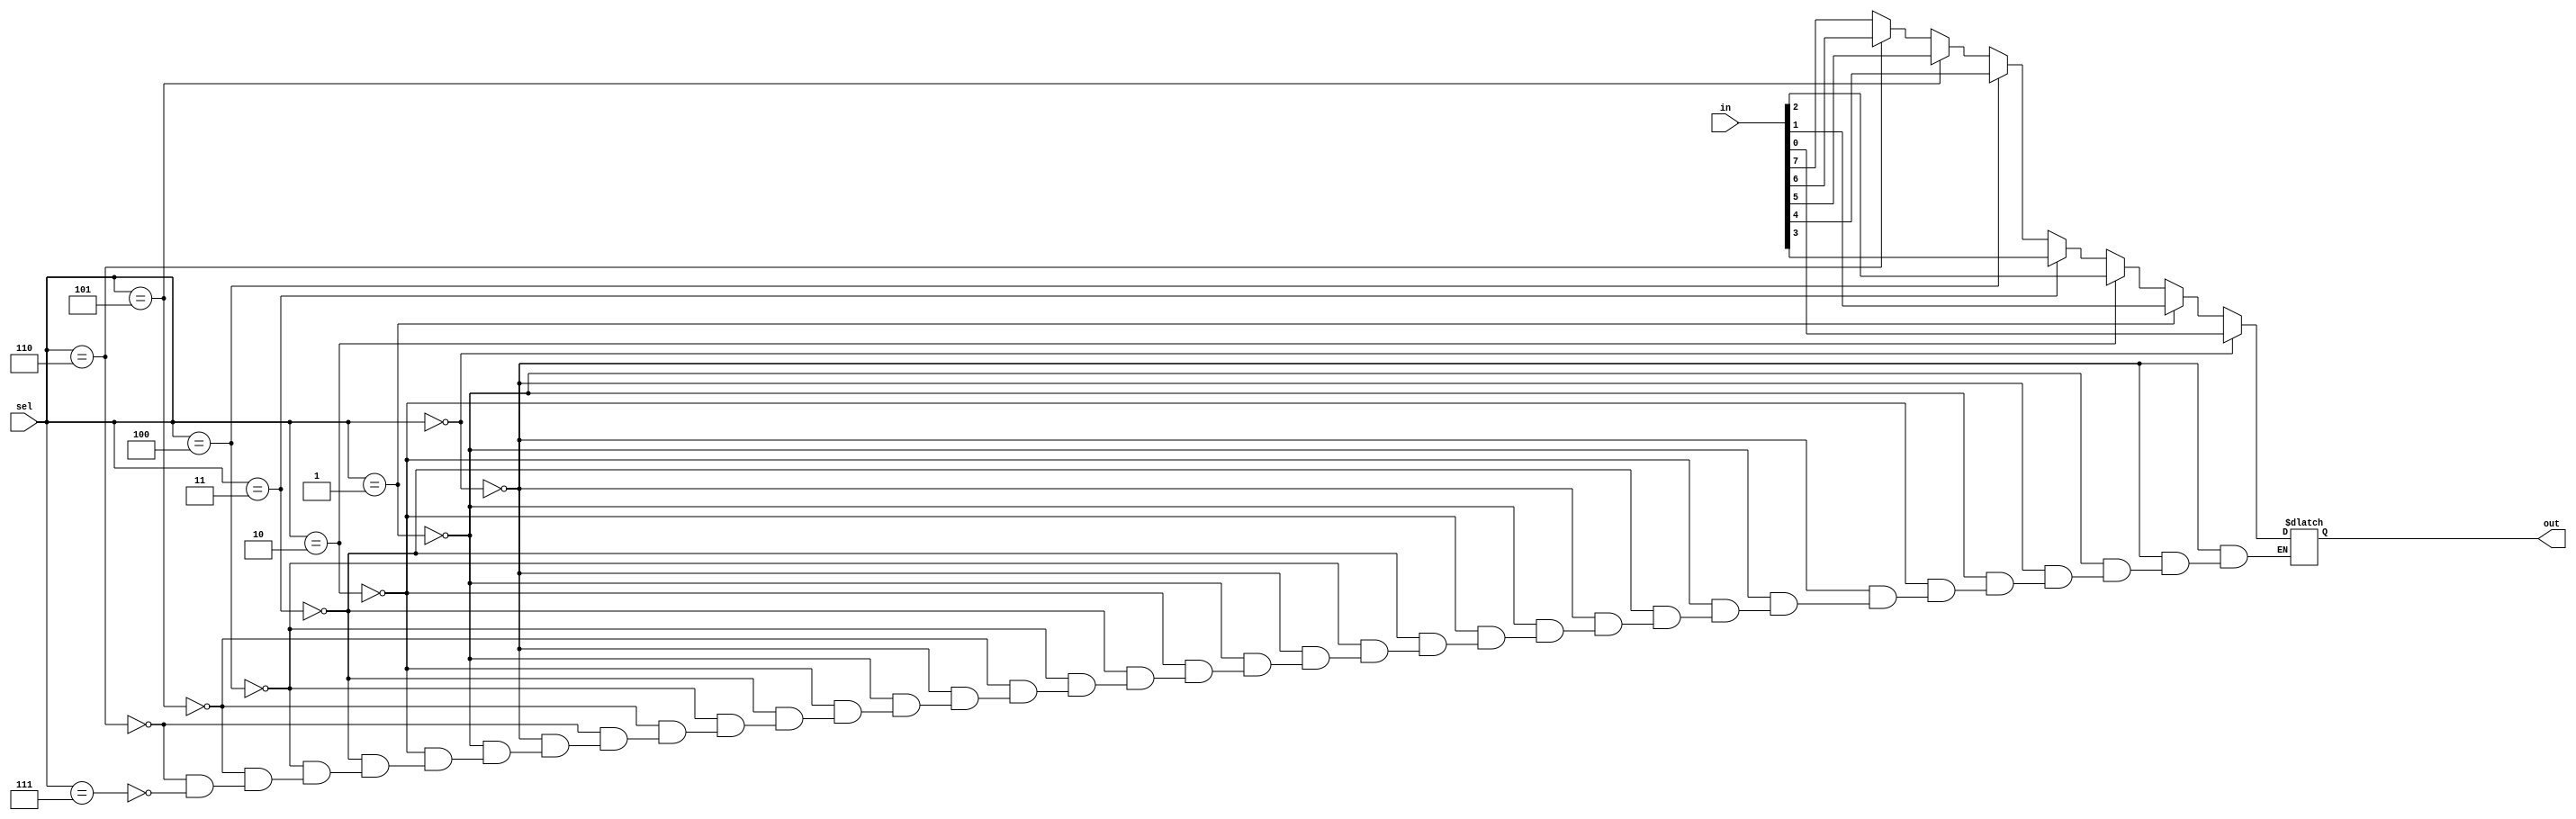
module mux(in,sel,out);
input [7:0] in;
input [2:0] sel;
output out;
reg out;

always @(sel or in)
begin

if(sel==3'b000)
out=in[0];
else if(sel==3'b001)
out=in[1];
else if(sel==3'b010)
out=in[2];
else if(sel==3'b011)
out=in[3];
else if(sel==3'b100)
out=in[4];
else if(sel==3'b101)
out=in[5];
else if(sel==3'b110)
out=in[6];
else if(sel==3'b111)
out=in[7];

end
endmodule